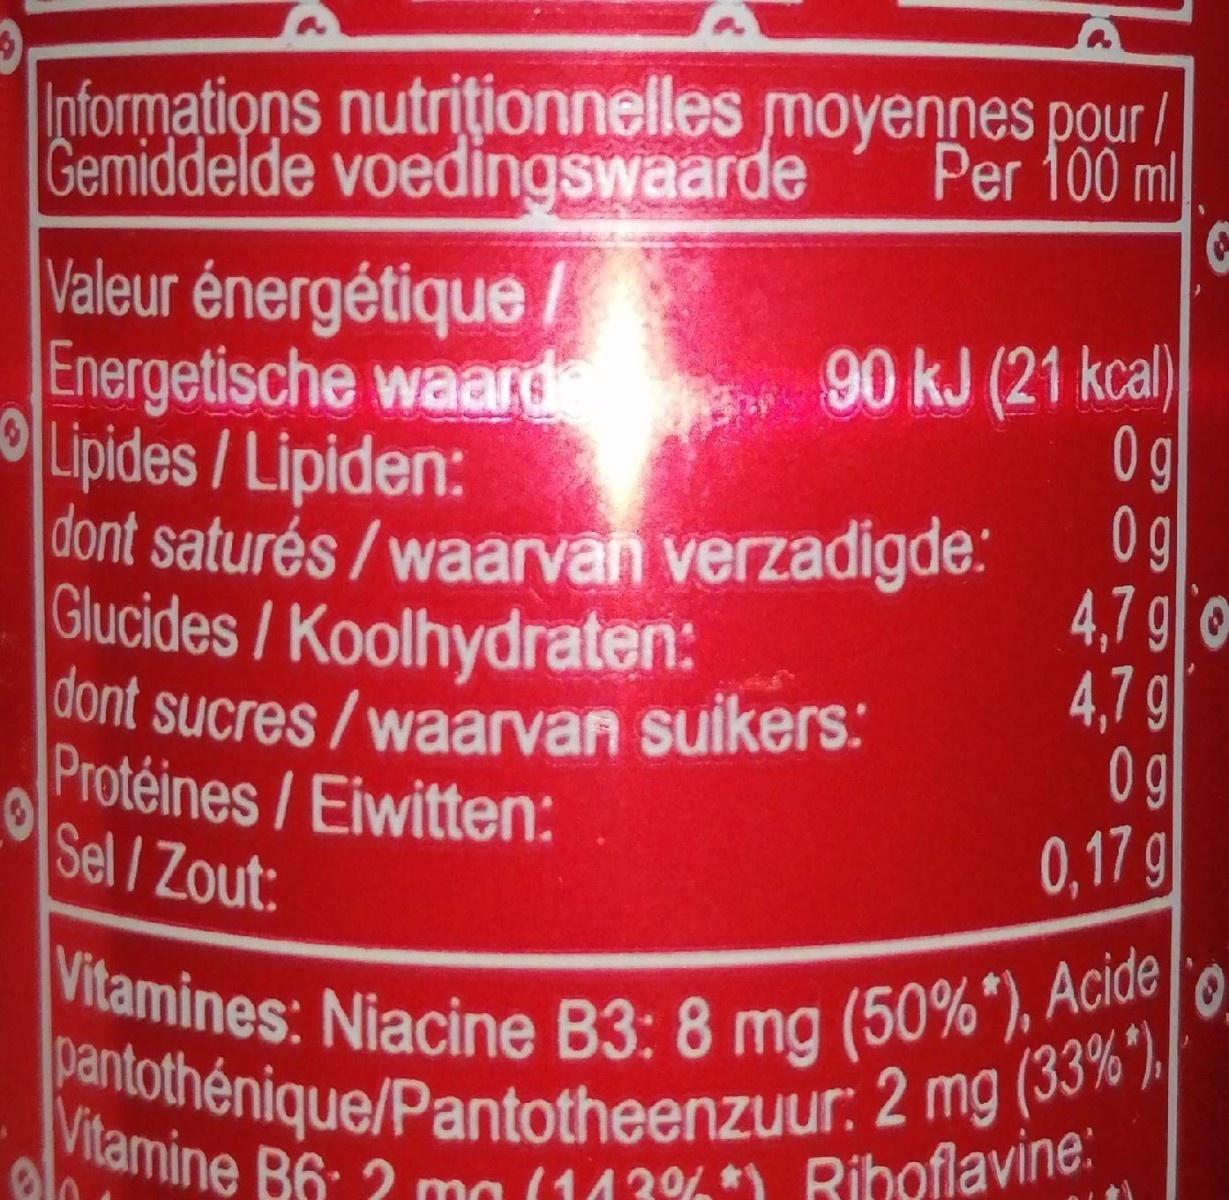
Informations nutriționnelles moyennes pou / Gemiddelde voedingswaarde
Per 100 ml
Valeur énergétique / Energetische waard Lipides/Lipiden: dont saturés/waarvan verzadigde. Glucides/Koolhydraten: dont sucres/waarvan suikers: Protéines/Eiwitten: Sel /Zout:
90 kJ (21 kcal) 0g 0g 4,7 go 4,7 g 0g 0,17 g
Vitamines: Niacine B3: 8 mg (50%"), Acide pantothénique/Pantotheenzuur: 2 mg (33%")
Vilamine B6: 2 me (442%) Riboflavine.